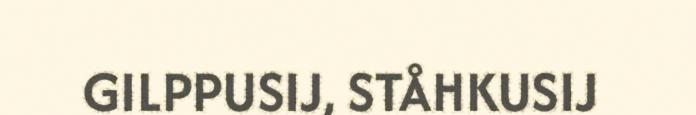
GILPPUSIJ, STÅHKUSIJ